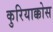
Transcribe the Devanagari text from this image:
कुरियाक्कोस